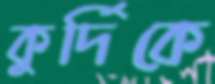
কুর্দিকে